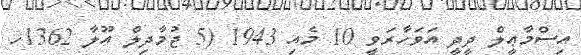
އިސްމާޢީލް ދީދީ އަވަހާރަވީ 10 މެއި 1943 (5 ޖުމާދިލް އޫލާ 1362ހ